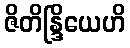
ဇိတိန္ဒြိယေဟိ